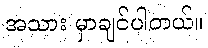
အသား မှာချင်ပါတယ်။